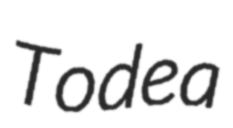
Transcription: Todea